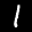
Label: 1